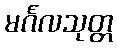
မင်္ဂလသုတ္တ